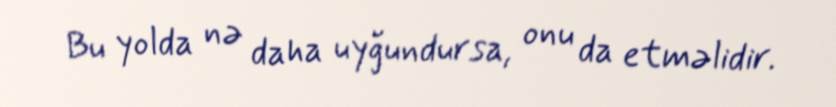
Bu yolda nə daha uyğundursa, onu da etməlidir.